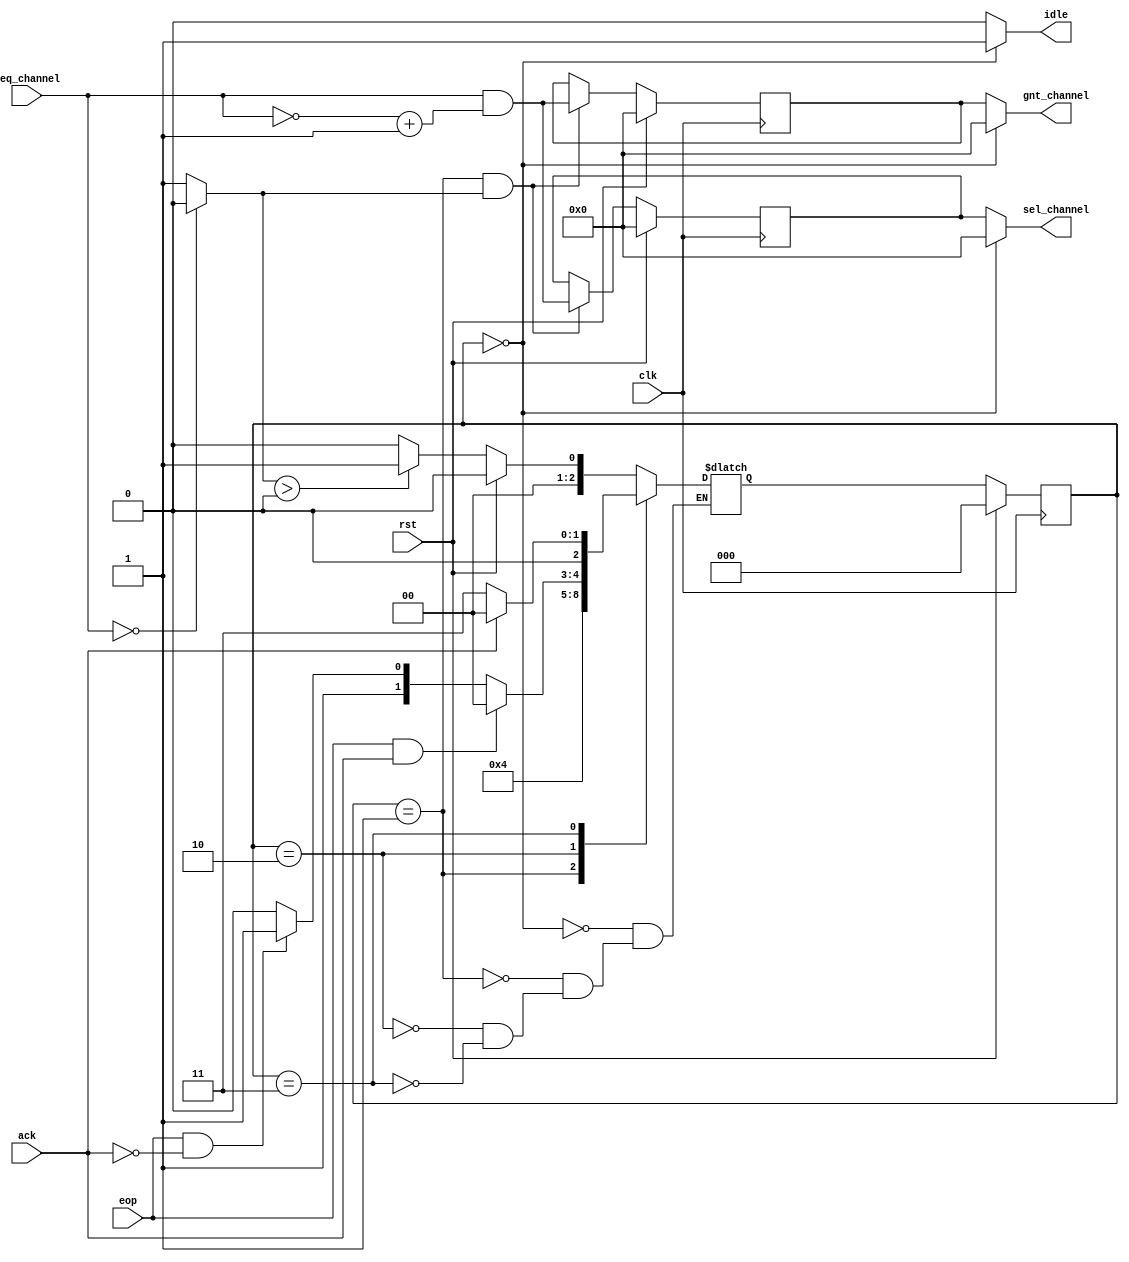
`timescale 1ns / 1ps
//////////////////////////////////////////////////////////////////////////////////
// Company: 
// Engineer: 
// 
// Design Name: 
// Module Name: outpput_controller
// Project Name: 
// Target Devices: 
// Tool Versions: 
// Description: 
// 
// Dependencies: 
// 
// Revision:
// Revision 0.01 - File Created
// Additional Comments:
// Still problem when more than 2 channels keep asking for the output channel
//////////////////////////////////////////////////////////////////////////////////


	
module output_controller#(
    parameter NUMBER_CHANNELS=5           //Number of channels in the switch
)(
   input  rst,
   input  clk,
   input  ack,
   input  eop,
   input  [NUMBER_CHANNELS-1:0] req_channel,
   output [NUMBER_CHANNELS-1:0] gnt_channel,
   output [NUMBER_CHANNELS-1:0] sel_channel,
   output idle
    );
    
    //--------------------------
    //--  Parameters Declaration
    //-------------------------- 


    parameter GNT_NONE =0000000000000000;
    parameter ZERO= 0000000000000000;
      
    
    wire req_present;

    reg  [NUMBER_CHANNELS-1:0] gnt_reg;
    reg  [NUMBER_CHANNELS-1:0] sel_reg;
    
   
    //-------------Internal Constants--------------------------
     parameter SIZE = 3;
     parameter S_IDLE= 3'b000, S_ARB = 3'b001, S_WAIT_EOP= 3'b010, S_WAIT_LAST_ACK= 3'b011, S1=3'b100;
     //-------------Internal Variables---------------------------
     reg   [SIZE-1:0]          state_reg;    // Seq part of the FSM
     reg   [SIZE-1:0]          nxt_state;    // combo part of FSM
    
        
    //-------------------
    // Detects if there is any req
    //-------------
    assign req_present = (req_channel==0)? 0:1;
    reg [NUMBER_CHANNELS-1:0] grant_q;
    reg [NUMBER_CHANNELS-1:0] pre_req;
    wire [NUMBER_CHANNELS-1:0] mask_pre;
    wire [NUMBER_CHANNELS-1:0] sel_gnt,nxt_gnt,nxt_sel,grant_channel;
    wire [NUMBER_CHANNELS-1:0] isol_lsb;
    wire [NUMBER_CHANNELS-1:0] win;
    
    assign grant_channel     = grant_q;
    assign mask_pre          = req_channel & ~((pre_req- 1) || pre_req);        // Mask off previous winners
    assign sel_gnt           = mask_pre & (~(mask_pre) + 1);                   //Select new winner
    assign isol_lsb          = req_channel & (~(req_channel) + 1);             // Isolate least significant set bit.
    assign  win              = isol_lsb;
    
    
    
   //----------
   always @ (state_reg,eop,ack,req_present)
   begin: p_nxt_state
    case(state_reg)
               S_IDLE:
                  if(rst==1'b1) begin 
                    nxt_state <= S_IDLE;
                  end
                  else begin
                   if (req_present>0) begin
                       nxt_state <= S_ARB;
                  end else begin
                       nxt_state <= S_IDLE;
                 end
                end
            // S1: nxt_state<=S_ARB;
             S_ARB : nxt_state <= S_WAIT_EOP;
             //S1: nxt_state<= S_WAIT_EOP;
             S_WAIT_EOP :
                   if (eop == 1 && ack == 1) begin
                       nxt_state <= S_IDLE;
                   end else begin
                       if (eop == 1 && ack == 0) begin
                           nxt_state <= S_WAIT_LAST_ACK;
                       end else begin
                           nxt_state <= S_WAIT_EOP;
                       end
                   end
   
             S_WAIT_LAST_ACK :
                   if (ack == 1) begin
                       nxt_state <= S_IDLE;
                   end else begin
                       nxt_state <= S_WAIT_LAST_ACK;
                  end
              endcase
       end
   
//-----------    
//SEQUENCIAL SECTIONS   
//--------

    always @ (posedge clk)
    begin: p_state_reg
        if (rst == 1) begin
                state_reg <= S_IDLE;
          end else begin
                state_reg <= nxt_state;
        end 
    end

     always @ (posedge clk)
     begin:   p_gnt_reg
           if (rst == 1) begin
                gnt_reg <= GNT_NONE;
            end else begin
               if (state_reg == S_ARB && req_present) begin
                   gnt_reg <= win;
               end
               else begin 
                  // if(state_reg == S_IDLE)gnt_reg=0; 
                  // else 
                  gnt_reg<=gnt_reg;
                  end
             end
        end
    

    always @ (posedge clk)
    begin: p_sel_reg
      if(rst ==1) begin
           sel_reg = ZERO;
      end else begin
           if(state_reg == S_ARB && req_present) begin
           sel_reg=win;
          end
          else begin 
               //if((state_reg == S_IDLE)) sel_reg=0; 
              // else 
              sel_reg<=sel_reg;
          end
       end
     end
    
    
   always@ (posedge clk)
         begin
         if (rst ==1'b1) begin
             pre_req = 0;
             grant_q = 0;
        end else begin
             if (grant_q == 0) begin 
                 if (win != 0) begin
                     pre_req = win;
                 end
                 grant_q = win;
             end
         end
      end
      
      assign nxt_gnt= win;
      assign nxt_sel=nxt_gnt;
    
    //--+--+--+--+--+--+-
    //-- OUTPUT SECTION -
    //--+--+--+--+--+--+-
   
       assign idle = (state_reg==S_IDLE) ? 1 :0;
                    // (state_reg==S_ARB) ? 1:0;
        
      assign sel_channel  = (state_reg == S_IDLE)? 0:sel_reg;//||state_reg == S_ARB
      assign gnt_channel  = (state_reg == S_IDLE)? 0:gnt_reg;  // ||state_reg == S_ARB
      
      
    
    
    
    
endmodule